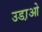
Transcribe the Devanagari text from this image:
उडा़ओ